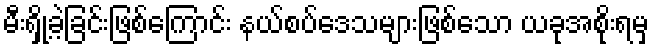
မီးရှို့ခဲ့ခြင်းဖြစ်ကြောင်း နယ်စပ်ဒေသများဖြစ်သော ယခုအစိုးရမှ